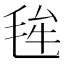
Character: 毪